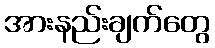
အားနည်းချက်တွေ